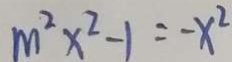
m ^ { 2 } x ^ { 2 } - 1 = - x ^ { 2 }